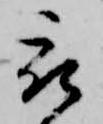
被